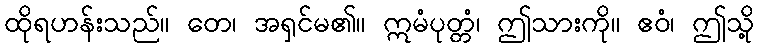
ထိုရဟန်းသည်။ တေ၊ အရှင်မ၏။ ဣမံပုတ္တံ၊ ဤသားကို။ ဧဝံ၊ ဤသို့